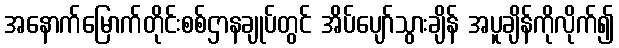
အနောက်မြောက်တိုင်းစစ်ဌာနချုပ်တွင် အိပ်ပျော်သွားချိန် အပူချိန်ကိုလိုက်၍